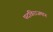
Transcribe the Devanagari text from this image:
पदविराजमान